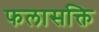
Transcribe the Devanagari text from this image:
फलासक्ति